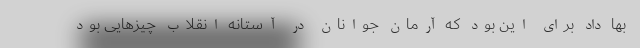
بها داد برای این بود که آرمان جوانان در آستانه انقلاب چیزهایی بود